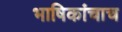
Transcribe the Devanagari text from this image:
भाषिकांचाच